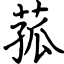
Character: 菰